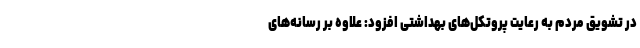
در تشویق مردم به رعایت پروتکل‌های بهداشتی افزود: علاوه بر رسانه‌های